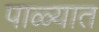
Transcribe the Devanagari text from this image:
पाळ्यात